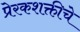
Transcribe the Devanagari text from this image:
प्रेरकशक्तीचे